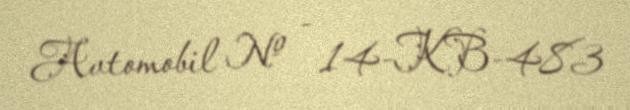
Avtomobil № - 14-KB-483